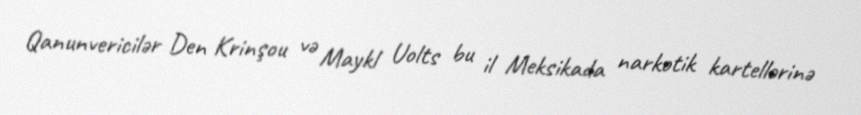
Qanunvericilər Den Krinşou və Maykl Uolts bu il Meksikada narkotik kartellərinə